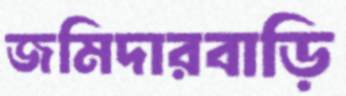
জমিদারবাড়ি